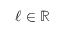
\ell \in \mathbb { R }